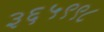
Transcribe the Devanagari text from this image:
३६५९९८